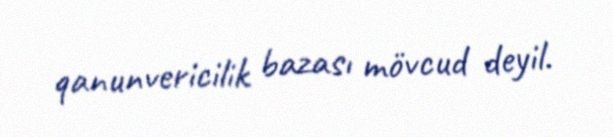
qanunvericilik bazası mövcud deyil.